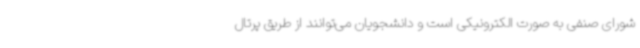
شورای صنفی به صورت الکترونیکی است و دانشجویان می‌توانند از طریق پرتال